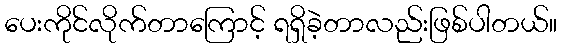
ပေးကိုင်လိုက်တာကြောင့် ရရှိခဲ့တာလည်းဖြစ်ပါတယ်။